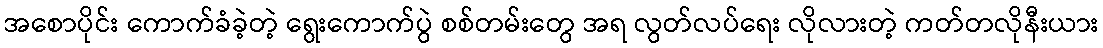
အစောပိုင်း ကောက်ခံခဲ့တဲ့ ရွေးကောက်ပွဲ စစ်တမ်းတွေ အရ လွတ်လပ်ရေး လိုလားတဲ့ ကတ်တလိုနီးယား